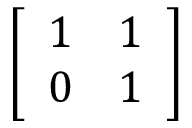
\left[ { \begin{array} { l l } { 1 } & { 1 } \\ { 0 } & { 1 } \end{array} } \right]